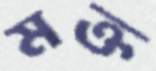
মক্ত